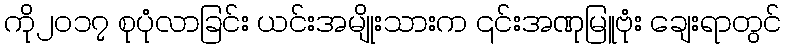
ကို၂၀၁၇ စုပုံလာခြင်း ယင်းအမျိုးသားက ၎င်းအဏုမြူဗုံး ချေးရာတွင်